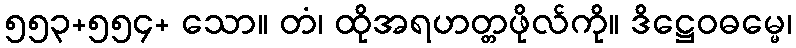
၅၅၃+၅၅၄+ သော။ တံ၊ ထိုအရဟတ္တဖိုလ်ကို။ ဒိဋ္ဌေဝဓမ္မေ၊